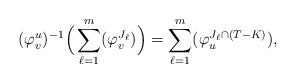
LaTeX: \begin{align*}(\varphi^u_v)^{-1}\Big(\sum_{\ell=1}^m(\varphi^{J_\ell}_v)\Big)=\sum_{\ell=1}^m(\varphi^{J_\ell\cap(T-K)}_u),\end{align*}